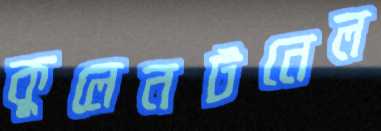
কুলেনটনেল